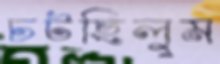
চটছিলুম